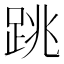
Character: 跳